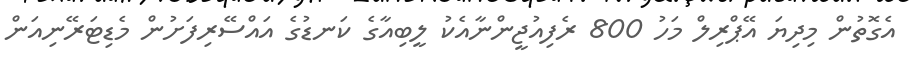
އެގޮތުން މިދިޔަ އޭޕްރިލް މަހު 800 ރެފިއުޖީންނާއެކު ލީބިއާގެ ކަނޑުގެ އައްސޭރިފަށުން މެޑިޓަރޭނިއަން